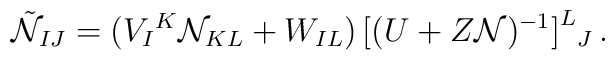
\tilde{\cal N}_{IJ} = (V_I{}^K {\cal N}_{KL}+ W_{IL} )\,\big[(U+ Z{\cal N})^{-1}\big]^L{}_J  \,.